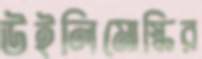
উইলিমোস্কির